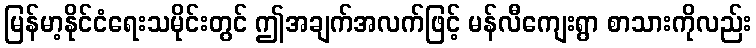
မြန်မာ့နိုင်ငံရေးသမိုင်းတွင် ဤအချက်အလက်ဖြင့် မန်လီကျေးရွာ စာသားကိုလည်း